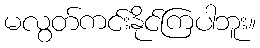
မလွတ်ကင်းနိုင်ကြပါဘူး။